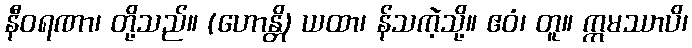
နီဝရဏာ၊ တို့သည်။ (ဟောန္တိ) ယထာ၊ န်သကဲ့သို့။ ဧဝံ၊ တူ။ ဣမဿာပိ၊